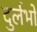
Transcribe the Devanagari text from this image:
दुर्लभो